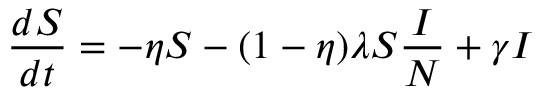
\frac { d S } { d t } = - \eta S - ( 1 - \eta ) \lambda S \frac { I } { N } + \gamma I